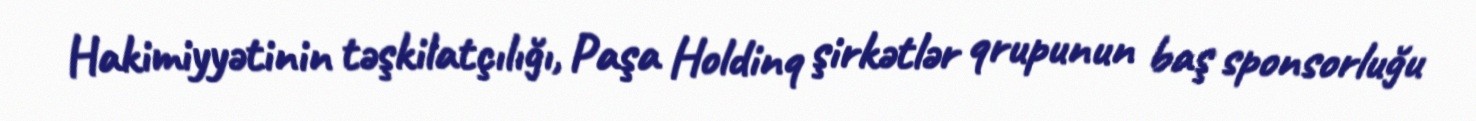
Hakimiyyətinin təşkilatçılığı, Paşa Holdinq şirkətlər qrupunun baş sponsorluğu